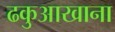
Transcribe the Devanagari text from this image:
ढकुआखाना